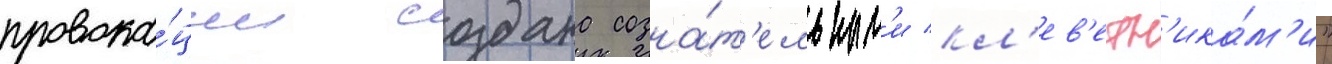
провока́ции создана созна́т'ельным'и кл'ев'етн'ика́м'и"